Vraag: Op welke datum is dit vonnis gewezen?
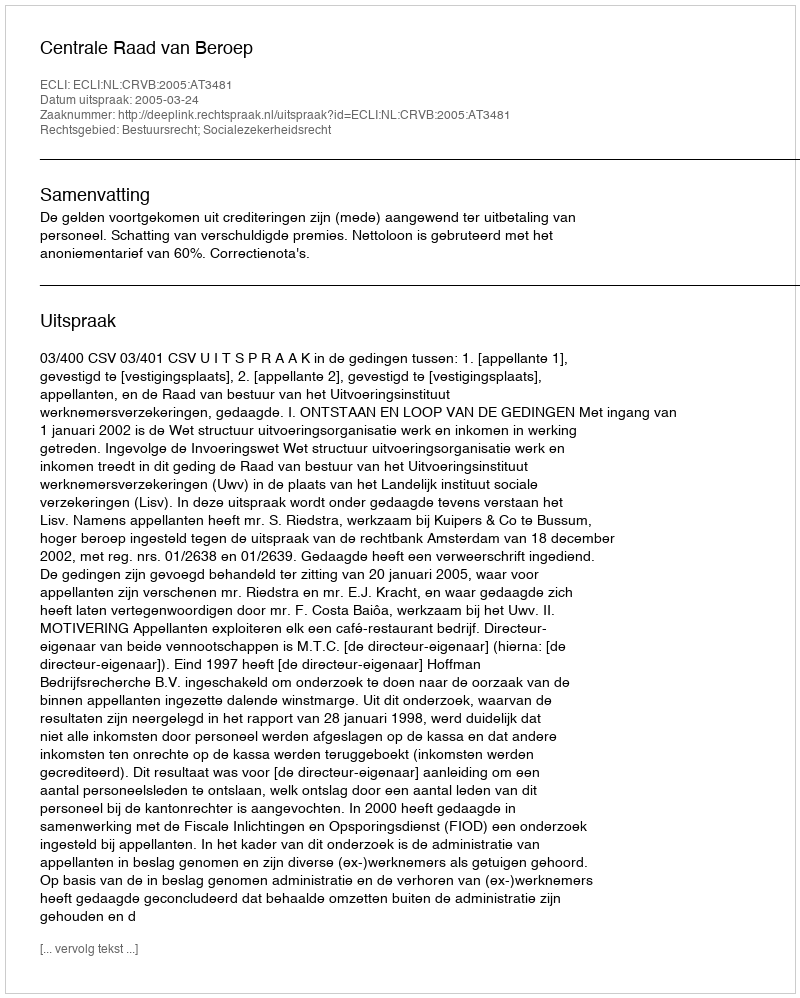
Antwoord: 2005-03-24